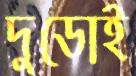
দুডোই